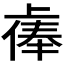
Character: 𫠷